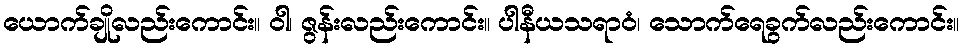
ယောက်ချိုလည်းကောင်း။ ဝါ၊ ဇွန်းလည်းကောင်း။ ပါနီယသရာဝံ၊ သောက်ရေခွက်လည်းကောင်း။